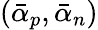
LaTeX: (\bar{\alpha}_{p},\bar{\alpha}_{n})